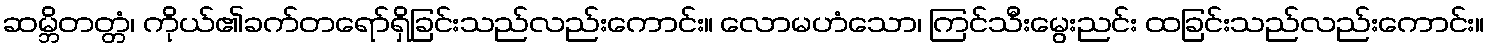
ဆမ္ဘိတတ္တံ၊ ကိုယ်၏ခက်တရော်ရှိခြင်းသည်လည်းကောင်း။ လောမဟံသော၊ ကြင်သီးမွေးညင်း ထခြင်းသည်လည်းကောင်း။